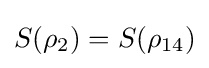
S(\rho _{2})=S(\rho _{14})